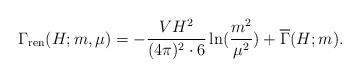
LaTeX: \begin{align*}\Gamma_{\rm ren}(H;m,\mu)=- { V H^2 \over(4\pi )^2 \cdot 6}\ln({m^2 \over \mu^2}) + \overline{\Gamma}(H;m).\end{align*}